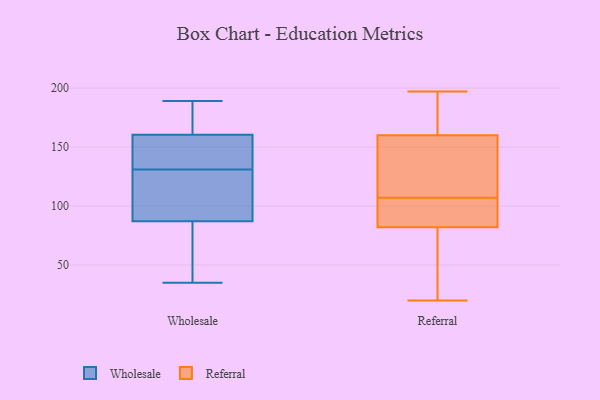
{"axis": {"x": "Waste Production (Tons)", "y": "Value"}, "legend": ["Referral", "Wholesale"], "data": [{"x": "", "y": 156, "type": "Wholesale"}, {"x": "", "y": 189, "type": "Wholesale"}, {"x": "", "y": 149, "type": "Wholesale"}, {"x": "", "y": 91, "type": "Wholesale"}, {"x": "", "y": 35, "type": "Wholesale"}, {"x": "", "y": 70, "type": "Wholesale"}, {"x": "", "y": 131, "type": "Wholesale"}, {"x": "", "y": 123, "type": "Wholesale"}, {"x": "", "y": 173, "type": "Wholesale"}, {"x": "", "y": 36, "type": "Wholesale"}, {"x": "", "y": 75, "type": "Wholesale"}, {"x": "", "y": 163, "type": "Wholesale"}, {"x": "", "y": 101, "type": "Wholesale"}, {"x": "", "y": 123, "type": "Wholesale"}, {"x": "", "y": 162, "type": "Wholesale"}, {"x": "", "y": 160, "type": "Wholesale"}, {"x": "", "y": 158, "type": "Wholesale"}, {"x": "", "y": 197, "type": "Referral"}, {"x": "", "y": 87, "type": "Referral"}, {"x": "", "y": 187, "type": "Referral"}, {"x": "", "y": 121, "type": "Referral"}, {"x": "", "y": 160, "type": "Referral"}, {"x": "", "y": 118, "type": "Referral"}, {"x": "", "y": 57, "type": "Referral"}, {"x": "", "y": 82, "type": "Referral"}, {"x": "", "y": 85, "type": "Referral"}, {"x": "", "y": 20, "type": "Referral"}, {"x": "", "y": 96, "type": "Referral"}, {"x": "", "y": 27, "type": "Referral"}, {"x": "", "y": 153, "type": "Referral"}, {"x": "", "y": 167, "type": "Referral"}]}